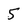
Character: 5